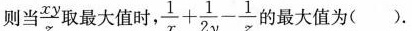
则当 $$\frac{xy}{z}$$ 取最大值时， $$\frac{1}{x}+ \frac{1}{2y}- \frac{1}{z}$$ 的最大值为